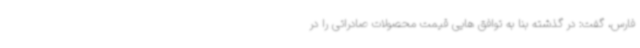
فارس، گفت: در گذشته بنا به توافق هایی قیمت محصولات صادراتی را در